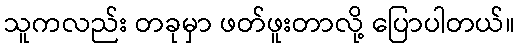
သူကလည်း တခုမှာ ဖတ်ဖူးတာလို့ ပြောပါတယ်။